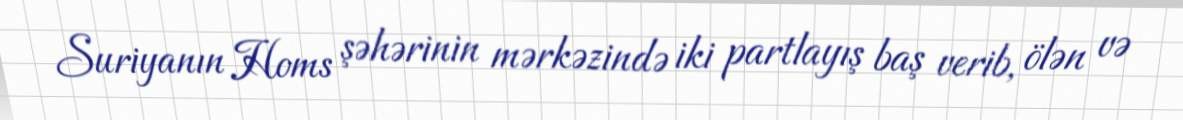
Suriyanın Homs şəhərinin mərkəzində iki partlayış baş verib, ölən və